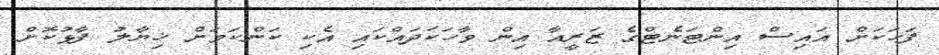
ފަހަކަށް އައިސް އިންޓަނެޓްގެ ޒަރީއާ އިން ވާހަކަދައްކައި އެކި ކަންކަމަށް ޚިޔާލު ފާޅުކޮށް